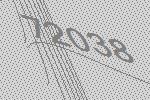
72038